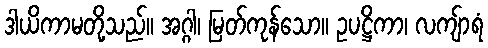
ဒါယိကာမတို့သည်။ အဂ္ဂါ၊ မြတ်ကုန်သော။ ဥပဋ္ဌိကာ၊ လကျ်ာရံ